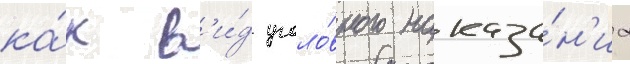
ка́к в'и́д уголо́вного наказа́н'иа